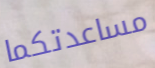
مساعدتكما